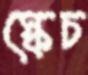
স্কেচ